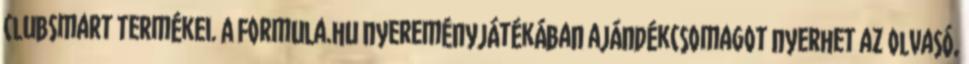
ClubSmart termékei. A Formula.hu nyereményjátékában ajándékcsomagot nyerhet az olvasó,